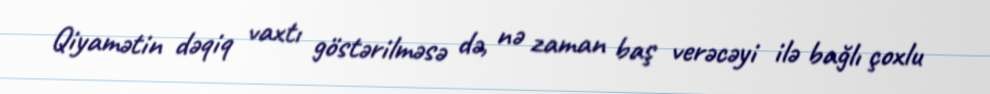
Qiyamətin dəqiq vaxtı göstərilməsə də, nə zaman baş verəcəyi ilə bağlı çoxlu